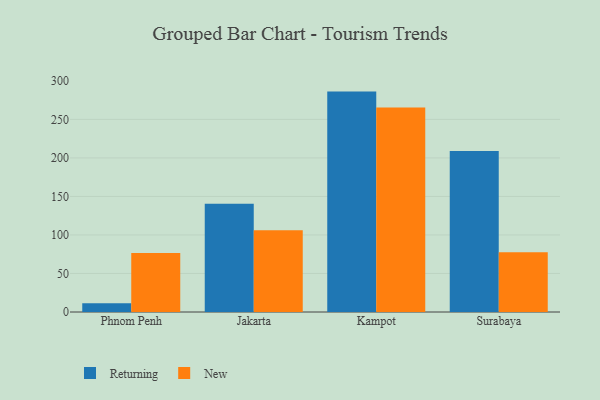
{"axis": {"x": "City", "y": "Conversion Rate (%)"}, "legend": ["New", "Returning"], "data": [{"x": "Phnom Penh", "y": 11.4, "type": "Returning"}, {"x": "Phnom Penh", "y": 76.7, "type": "New"}, {"x": "Jakarta", "y": 140.5, "type": "Returning"}, {"x": "Jakarta", "y": 106.0, "type": "New"}, {"x": "Kampot", "y": 286.1, "type": "Returning"}, {"x": "Kampot", "y": 265.6, "type": "New"}, {"x": "Surabaya", "y": 208.9, "type": "Returning"}, {"x": "Surabaya", "y": 77.7, "type": "New"}]}